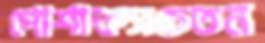
পোশাকসচেতন